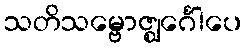
သတိသမ္ဗောဇ္ဈင်္ဂေါပေ